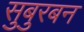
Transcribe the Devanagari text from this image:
सुबुरबन